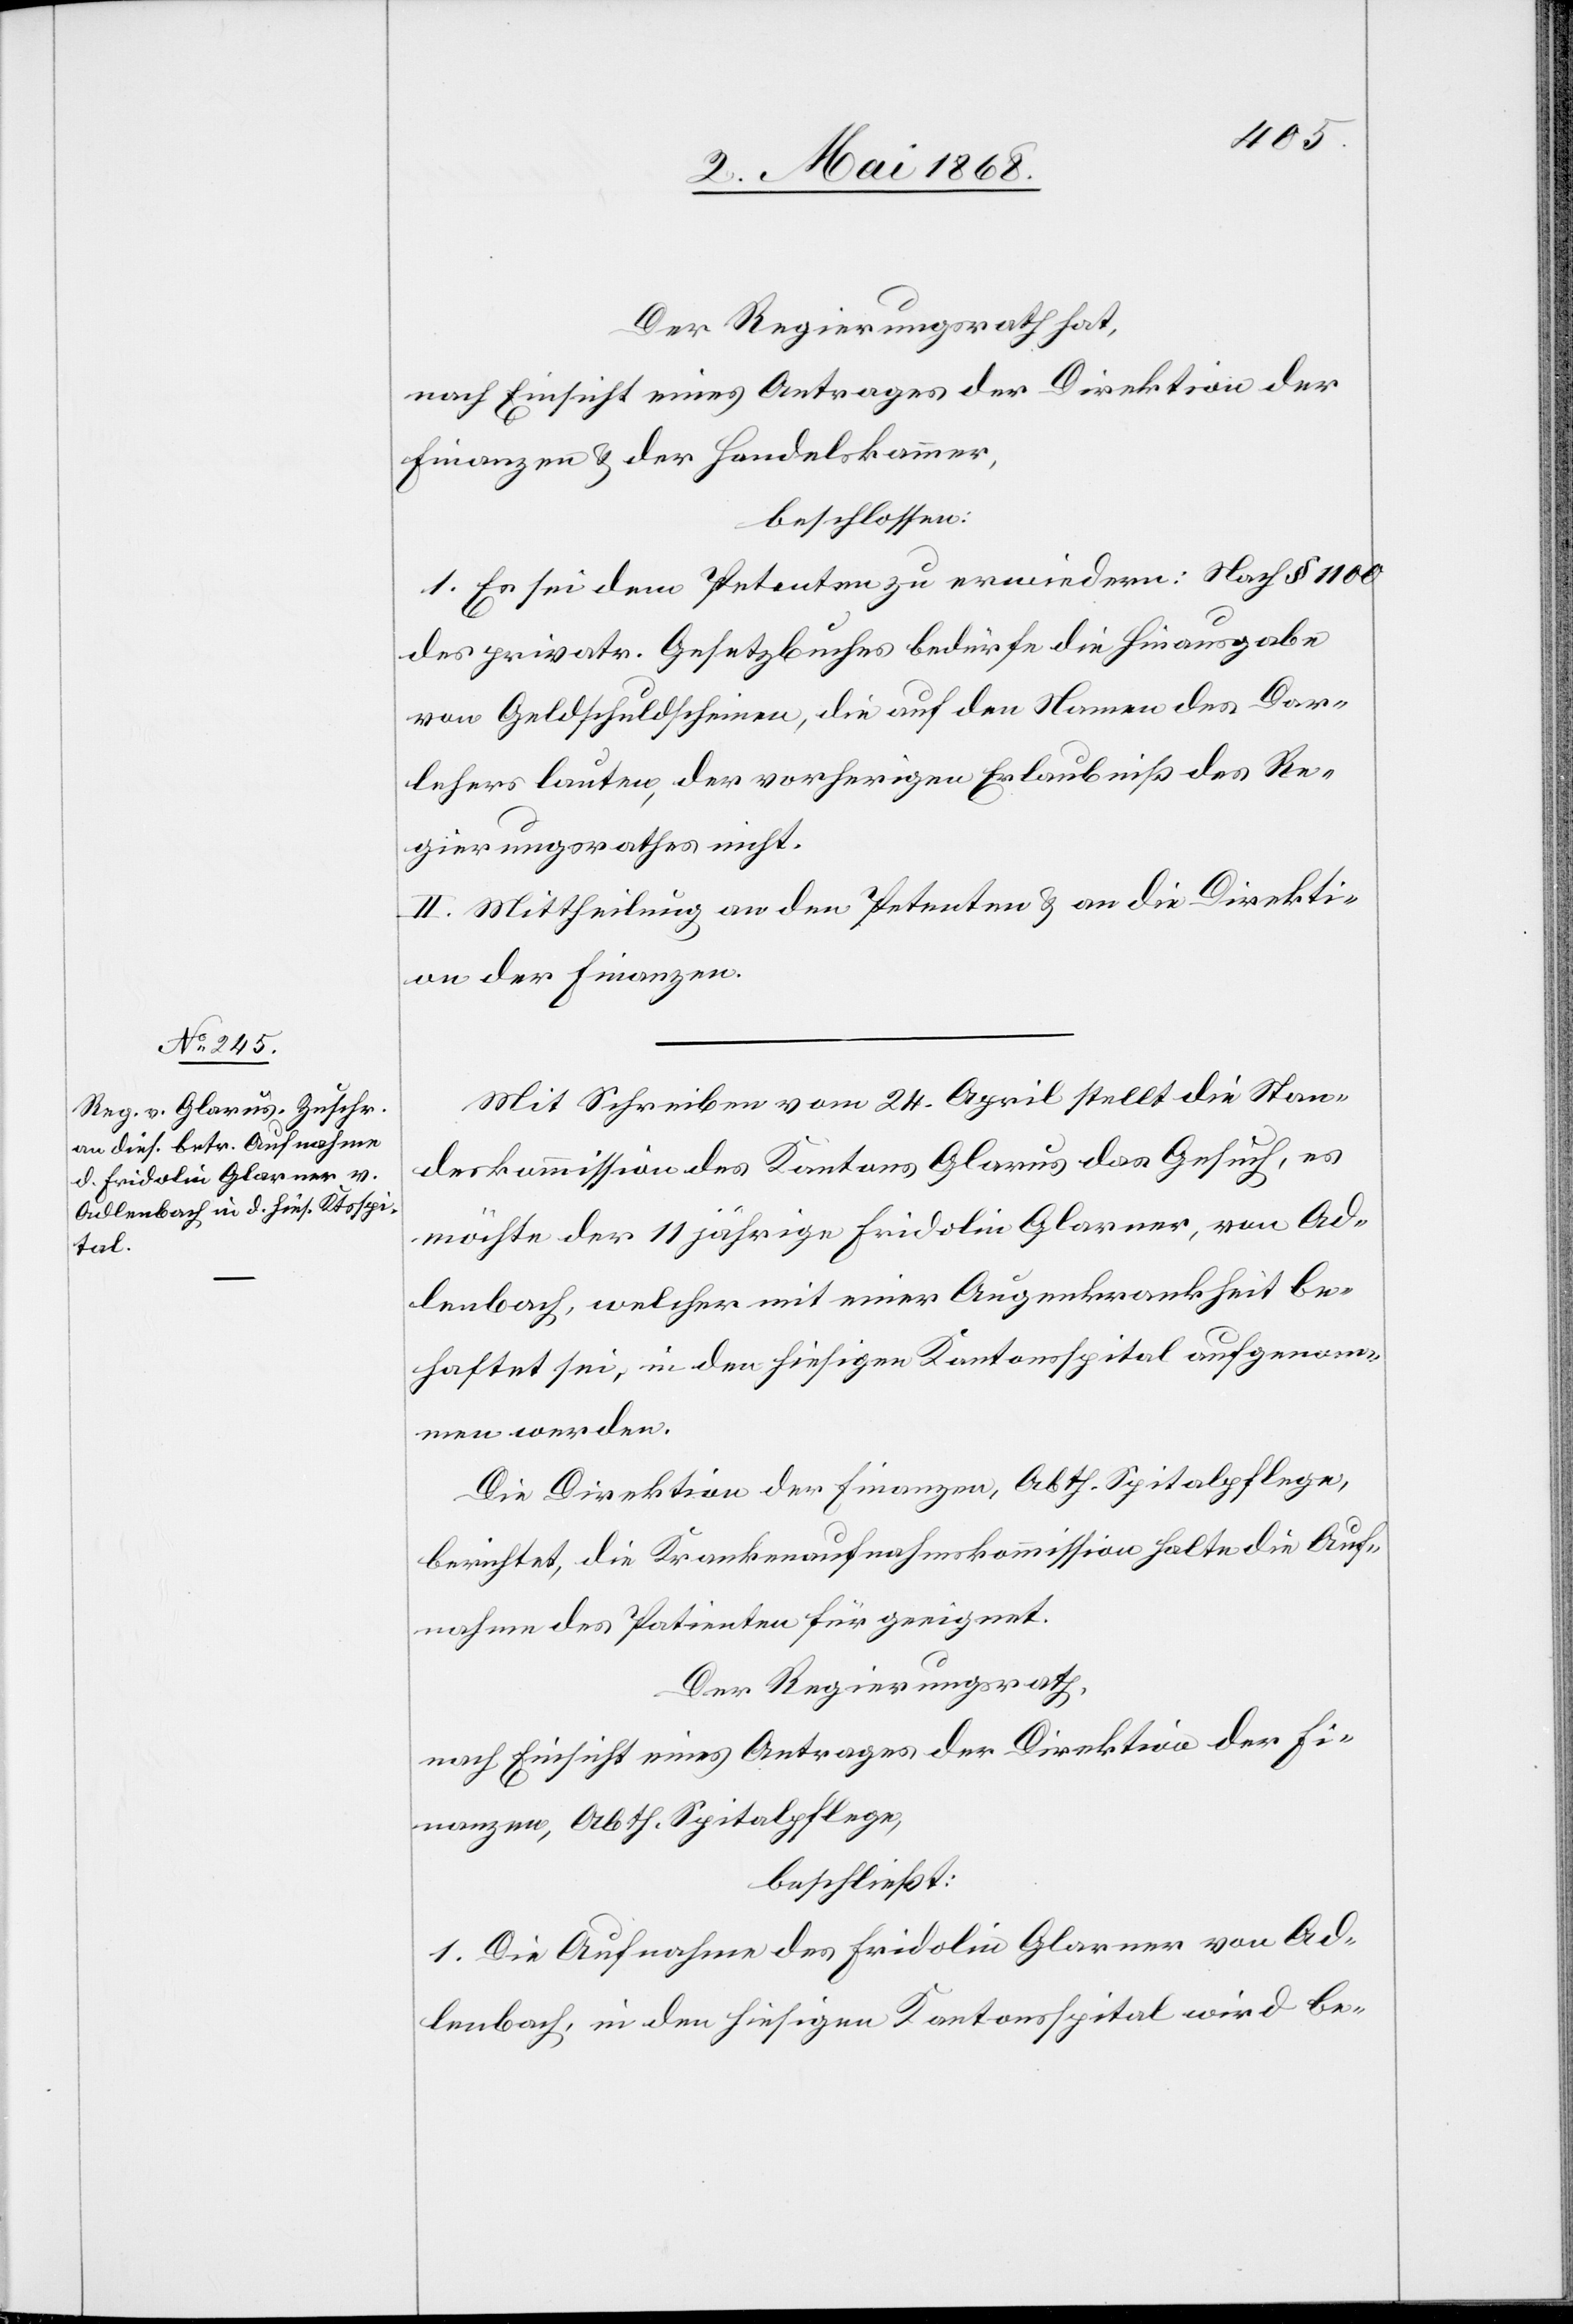
Der Regierungsrath hat,
nach Einsicht eines Antrages der Direktion der
Finanzen & der Handelskammer,
beschlossen:
1. Es sei dem Petenten zu erwiedern: Nach § 1100
des privatr. Gesetzbuches bedürfe die Hinausgabe
von Geldschuldscheinen, die auf den Namen des Dar¬
lehers lauten, der vorherigen Erlaubniß des Re¬
gierungsrathes nicht.
2.] Mittheilung an den Petenten & an die Direkti¬
on der Finanzen.
Mit Schreiben vom 24. April stellt die Stan¬
deskommisison des Kantons Glarus das Gesuch, es
möchte der 11 jährige Fridolin Glarner, von Ad¬
lenbach, welcher mit einer Augenkrankheit be¬
haftet sei, in den hiesigen Kantonsspital aufgenom¬
men werden.
Die Direktion der Finanzen, Abth. Spitalpflege,
berichtet, die Krankenaufnahmskommission halte die Auf¬
nahme des Patienten für geeignet.
Der Regierungsrath,
nach Einsicht eines Antrages der Direktion der Fi¬
nanzen, Abth. Spitalpflege,
beschließt:
1. Die Aufnahme des Fridolin Glarner von Ad¬
lenbach, in den hiesigen Kantonsspital wird be-